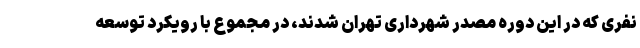
نفری که در این دوره مصدر شهرداری تهران شدند، در مجموع با رویکرد توسعه